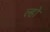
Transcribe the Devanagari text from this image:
ल्हो